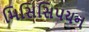
મિસિસિપયન